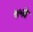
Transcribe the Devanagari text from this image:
७५वे